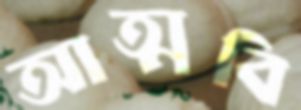
আত্মবি